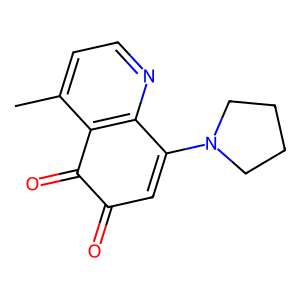
SMILES: Cc1ccnc2c1C(=O)C(=O)C=C2N1CCCC1
Inhibits HIV replication: No